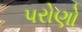
પરોણો